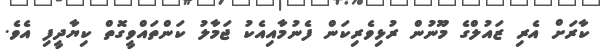
ކާރަށް އެރި ޒައުލްގެ މޫނުން ރުޅިވެރިކަން ފެނުމާއިއެކު ޖަމާލު ކަންތައްވީގޮތް ކިޔާދީފި އެވެ.